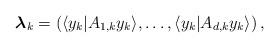
LaTeX: \begin{align*}\boldsymbol{\lambda}_k = \left(\langle y_k|A_{1, k} y_k\rangle, \dots, \langle y_k|A_{d, k} y_k\rangle\right),\end{align*}